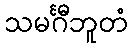
သမင်္ဂီဘူတံ